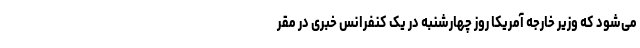
می‌شود که وزیر خارجه آمریکا روز چهارشنبه در یک کنفرانس خبری در مقر